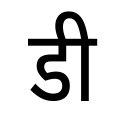
OCR:
डी